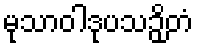
မုသာဝါဒုပသဉှိတံ